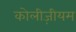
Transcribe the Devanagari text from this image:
कोलीज़ीयम